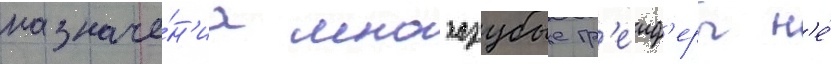
назначе́н'иа многозубые гр'еиф'еры н'е́